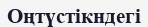
Оңтүстікндегі